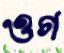
ওগ